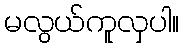
မလွယ်ကူလှပါ။